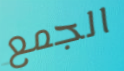
الجمع